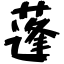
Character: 蓬